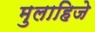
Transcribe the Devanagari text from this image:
मुलाहिजे